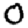
Digit: 0